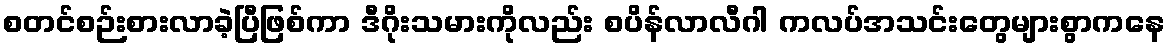
စတင်စဉ်းစားလာခဲ့ပြီဖြစ်ကာ ဒီဂိုးသမားကိုလည်း စပိန်လာလီဂါ ကလပ်အသင်းတွေများစွာကနေ